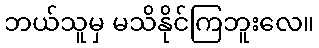
ဘယ်သူမှ မသိနိုင်ကြဘူးလေ။